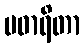
ပဓာရိတာ